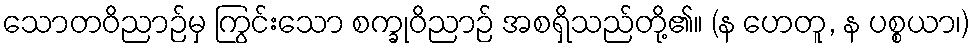
သောတဝိညာဉ်မှ ကြွင်းသော စက္ခုဝိညာဉ် အစရှိသည်တို့၏။ (န ဟေတူ, န ပစ္စယာ၊)